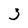
Character: 3